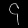
Digit: ၄